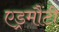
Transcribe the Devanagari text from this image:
एड्रमौंटी